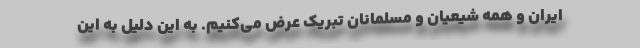
ایران و همه شیعیان و مسلمانان تبریک عرض می‌کنیم. به این دلیل به این